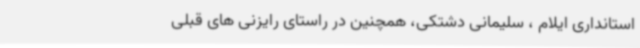
استانداری ایلام ، سلیمانی دشتکی، همچنین در راستای رایزنی های قبلی